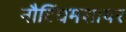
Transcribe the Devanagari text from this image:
नौटिंघमशायर